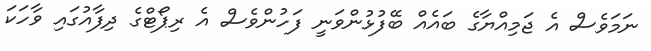
ނަމަވެސް އެ ޖަމިއްޔާގެ ބައެއް ބޭފުޅުންވަނީ ފަހުންވެސް އެ ރިޕޯޓްގެ ދިފާއުގައި ވާހަކަ